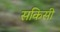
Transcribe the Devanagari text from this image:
सकिसी